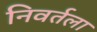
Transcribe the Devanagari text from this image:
निवर्तला